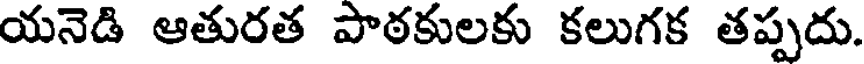
యనెడి ఆతురత పాఠకులకు కలుగక తప్పదు.